Scottish Leaving Certificate Examination, 1959
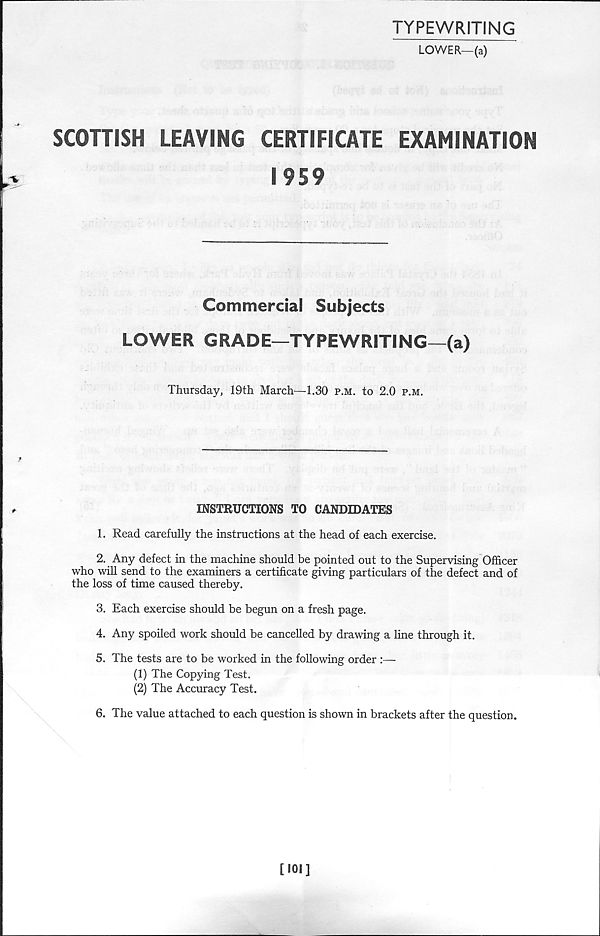
TYPEWRITING
LOWER—(a)
SCOTTISH
LEAVING
CERTIFICATE
EXAMINATION
1959
Commercial Subjects
LOWER GRADE—TYPEWRITING—(a)
Thursday, 19th March—1.30 p.m. to 2.0 p.m.
INSTRUCTIONS TO CANDIDATES
1. Read carefully the instructions at the head of each exercise.
2. Any defect in the machine should be pointed out to the Supervising Officer
who will send to the examiners a certificate giving particulars of the defect and of
the loss of time caused thereby.
3. Each exercise should be begun on a fresh page.
4. Any spoiled work should be cancelled by drawing a line through it.
5. The tests are to be worked in the following order :—
(1) The Copying Test.
(2) The Accuracy Test.
6. The value attached to each question is shown in brackets after the question.
[101]